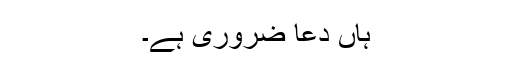
ہاں دعا ضروری ہے۔